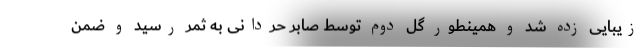
زیبایی زده شد و همینطور گل دوم توسط صابر حردانی به ثمر رسید و ضمن